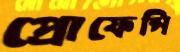
প্রোফেন্সি